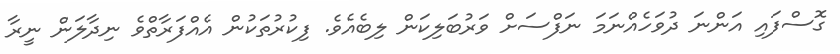
ގޮސްފައި އަންނަ ދުވަހެއްނަމަ ނަފްސަށް ވަރުބަލިކަން ލިބެއެވެ. ފިކުރުތަކުން އެއްފަރާތްވެ ނިދާލަން ނީރާ